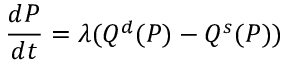
{ \frac { d P } { d t } } = \lambda ( Q ^ { d } ( P ) - Q ^ { s } ( P ) )